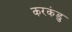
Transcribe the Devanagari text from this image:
करकंडु